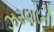
ઝરણાની